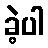
ခဲ့ပါ